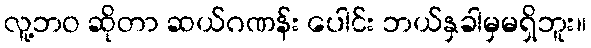
လူ့ဘဝ ဆိုတာ ဆယ်ဂဏန်း ပေါင်း ဘယ်နှခါမှမရှိဘူး။